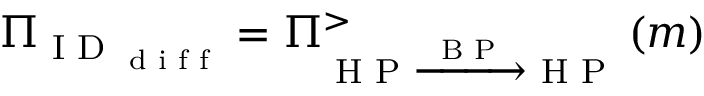
\Pi _ { \textrm { I D } _ { \textrm { d i f f } } } = \Pi _ { \textrm { H P } \xrightarrow { \textrm { B P } } \textrm { H P } } ^ { > } \left( m \right)